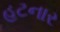
હટનાર